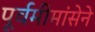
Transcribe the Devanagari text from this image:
पूर्वमीमांसेने